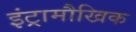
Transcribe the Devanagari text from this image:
इंट्रामौखिक